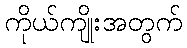
ကိုယ်ကျိုးအတွက်